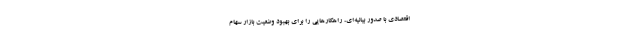
اقتصادی با صدور بیانیه‌ای، راهکارهایی را برای بهبود وضعیت بازار سهام